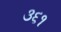
૩૬૧